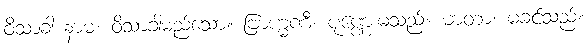
ဝိသာခါ နာမ၊ ဝိသာခါမည်သော။ ဗြာဟ္မဏီ၊ ပုဏ္ဏေးမသည်။ မာတာ၊ မခင်သည်။